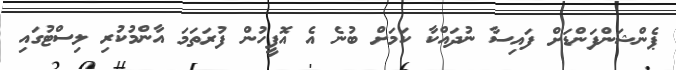
ޕެންޝަންފަންޑަށް ފައިސާ ނުދައްކާ ކަމަށް ބުނެ އެ އޮފީހުން ފުރަތަމަ އާންމުކުރި ލިސްޓުގައި